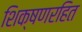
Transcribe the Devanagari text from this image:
शिक्षणरहित